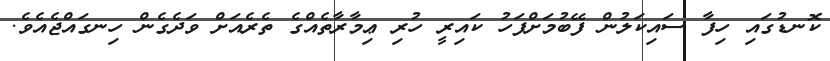
ކޮނޑުގައި ހިފާ ސައިކަލުން ފޭބުމަށްފަހު ކައިރީ ހުރި ޢިމާރާތެއްގެ ތެރެއަށް ވަދެގެން ހިނގައްޖެއެވެ.